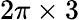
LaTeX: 2\pi\times 3